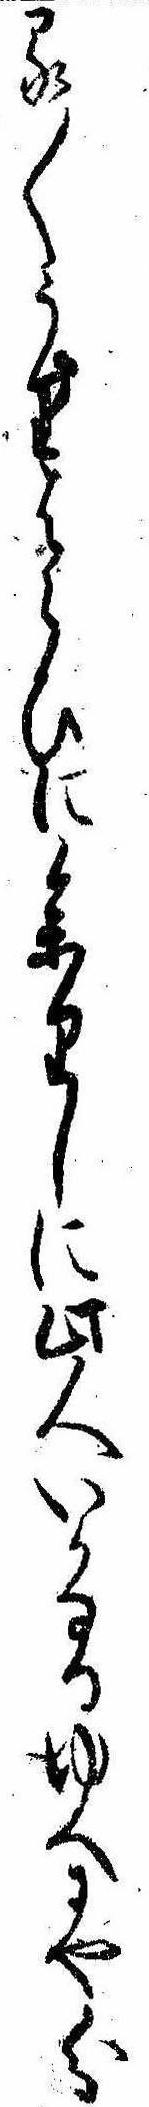
る〱うりはらひに参りしに此人いかなるゆへにや分